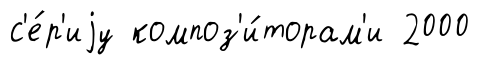
с'е́р'иjу композ'и́торам'и 2000